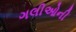
ગલીઓની